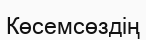
Көсемсөздің